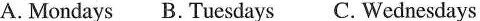
A. Mondays B. Tuesdays C. Wednesdays